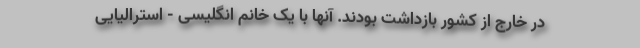
در خارج از کشور بازداشت بودند. آنها با یک خانم انگلیسی - استرالیایی